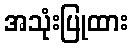
အသုံးပြုထား